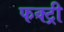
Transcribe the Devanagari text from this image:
फक्ट्री